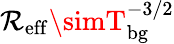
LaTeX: \mathcal{R}_{\mathrm{{eff}}}\simT_{\mathrm{{bg}}}^{-3/2}